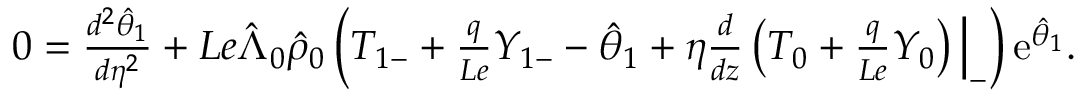
\begin{array} { r } { 0 = \frac { d ^ { 2 } \hat { \theta } _ { 1 } } { d \eta ^ { 2 } } + L e \hat { \Lambda } _ { 0 } \hat { \rho } _ { 0 } \left( { T } _ { 1 - } + \frac { q } { L e } { Y } _ { 1 - } - \hat { \theta } _ { 1 } + \eta \frac { d } { d z } \left( { T } _ { 0 } + \frac { q } { L e } { Y } _ { 0 } \right) \Big | _ { - } \right) \mathrm { e } ^ { \hat { \theta } _ { 1 } } . } \end{array}